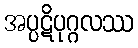
အပ္ပဋိပုဂ္ဂလဿ